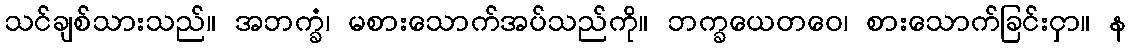
သင်ချစ်သားသည်။ အဘက္ခံ၊ မစားသောက်အပ်သည်ကို။ ဘက္ခယေတဝေ၊ စားသောက်ခြင်းငှာ။ န